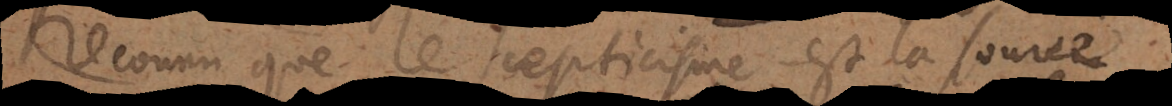
reconnu que le Scepticisme est la source